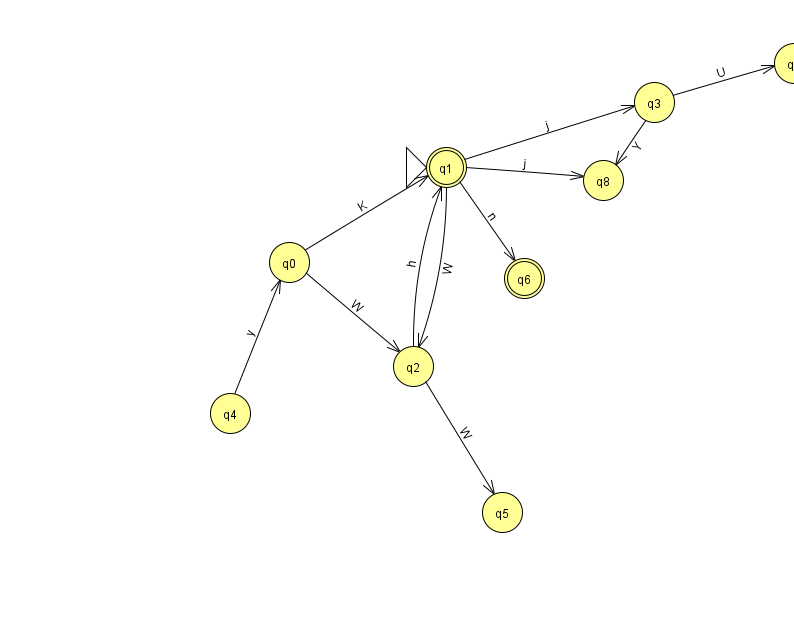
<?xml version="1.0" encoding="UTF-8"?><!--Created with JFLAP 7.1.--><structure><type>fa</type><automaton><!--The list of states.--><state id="0" name="q0"><x>289.0</x><y>249.0</y></state><state id="1" name="q1"><x>446.0</x><y>154.0</y><initial/><final/></state><state id="2" name="q2"><x>413.0</x><y>353.0</y></state><state id="3" name="q3"><x>654.0</x><y>89.0</y></state><state id="4" name="q4"><x>230.0</x><y>400.0</y></state><state id="5" name="q5"><x>502.0</x><y>499.0</y></state><state id="6" name="q6"><x>524.0</x><y>265.0</y><final/></state><state id="7" name="q7"><x>794.0</x><y>50.0</y></state><state id="8" name="q8"><x>603.0</x><y>167.0</y></state><!--The list of transitions.--><transition><from>1</from><to>8</to><read>j</read></transition><transition><from>2</from><to>1</to><read>h</read></transition><transition><from>3</from><to>8</to><read>Y</read></transition><transition><from>4</from><to>0</to><read>y</read></transition><transition><from>1</from><to>3</to><read>j</read></transition><transition><from>0</from><to>1</to><read>K</read></transition><transition><from>1</from><to>6</to><read>n</read></transition><transition><from>3</from><to>7</to><read>U</read></transition><transition><from>0</from><to>2</to><read>W</read></transition><transition><from>1</from><to>2</to><read>W</read></transition><transition><from>2</from><to>5</to><read>W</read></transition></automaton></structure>